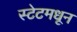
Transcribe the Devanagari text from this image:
स्टेटमधून